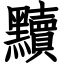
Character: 黷